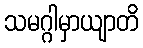
သမဂ္ဂါမှာယျာတိ